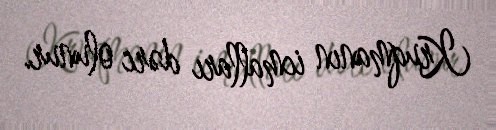
Kruqmanın icmalları dərc olunur.